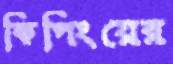
কিপিংয়ের